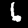
Digit: 6